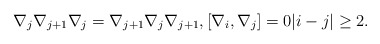
\begin{gather*}\nabla_j\nabla_{j+1}\nabla_j=\nabla_{j+1}\nabla_j\nabla_{j+1}, [\nabla_i,\nabla_j]=0 |i-j| \ge 2. \end{gather*}